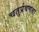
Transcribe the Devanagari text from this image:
चतुर्प्रवणता